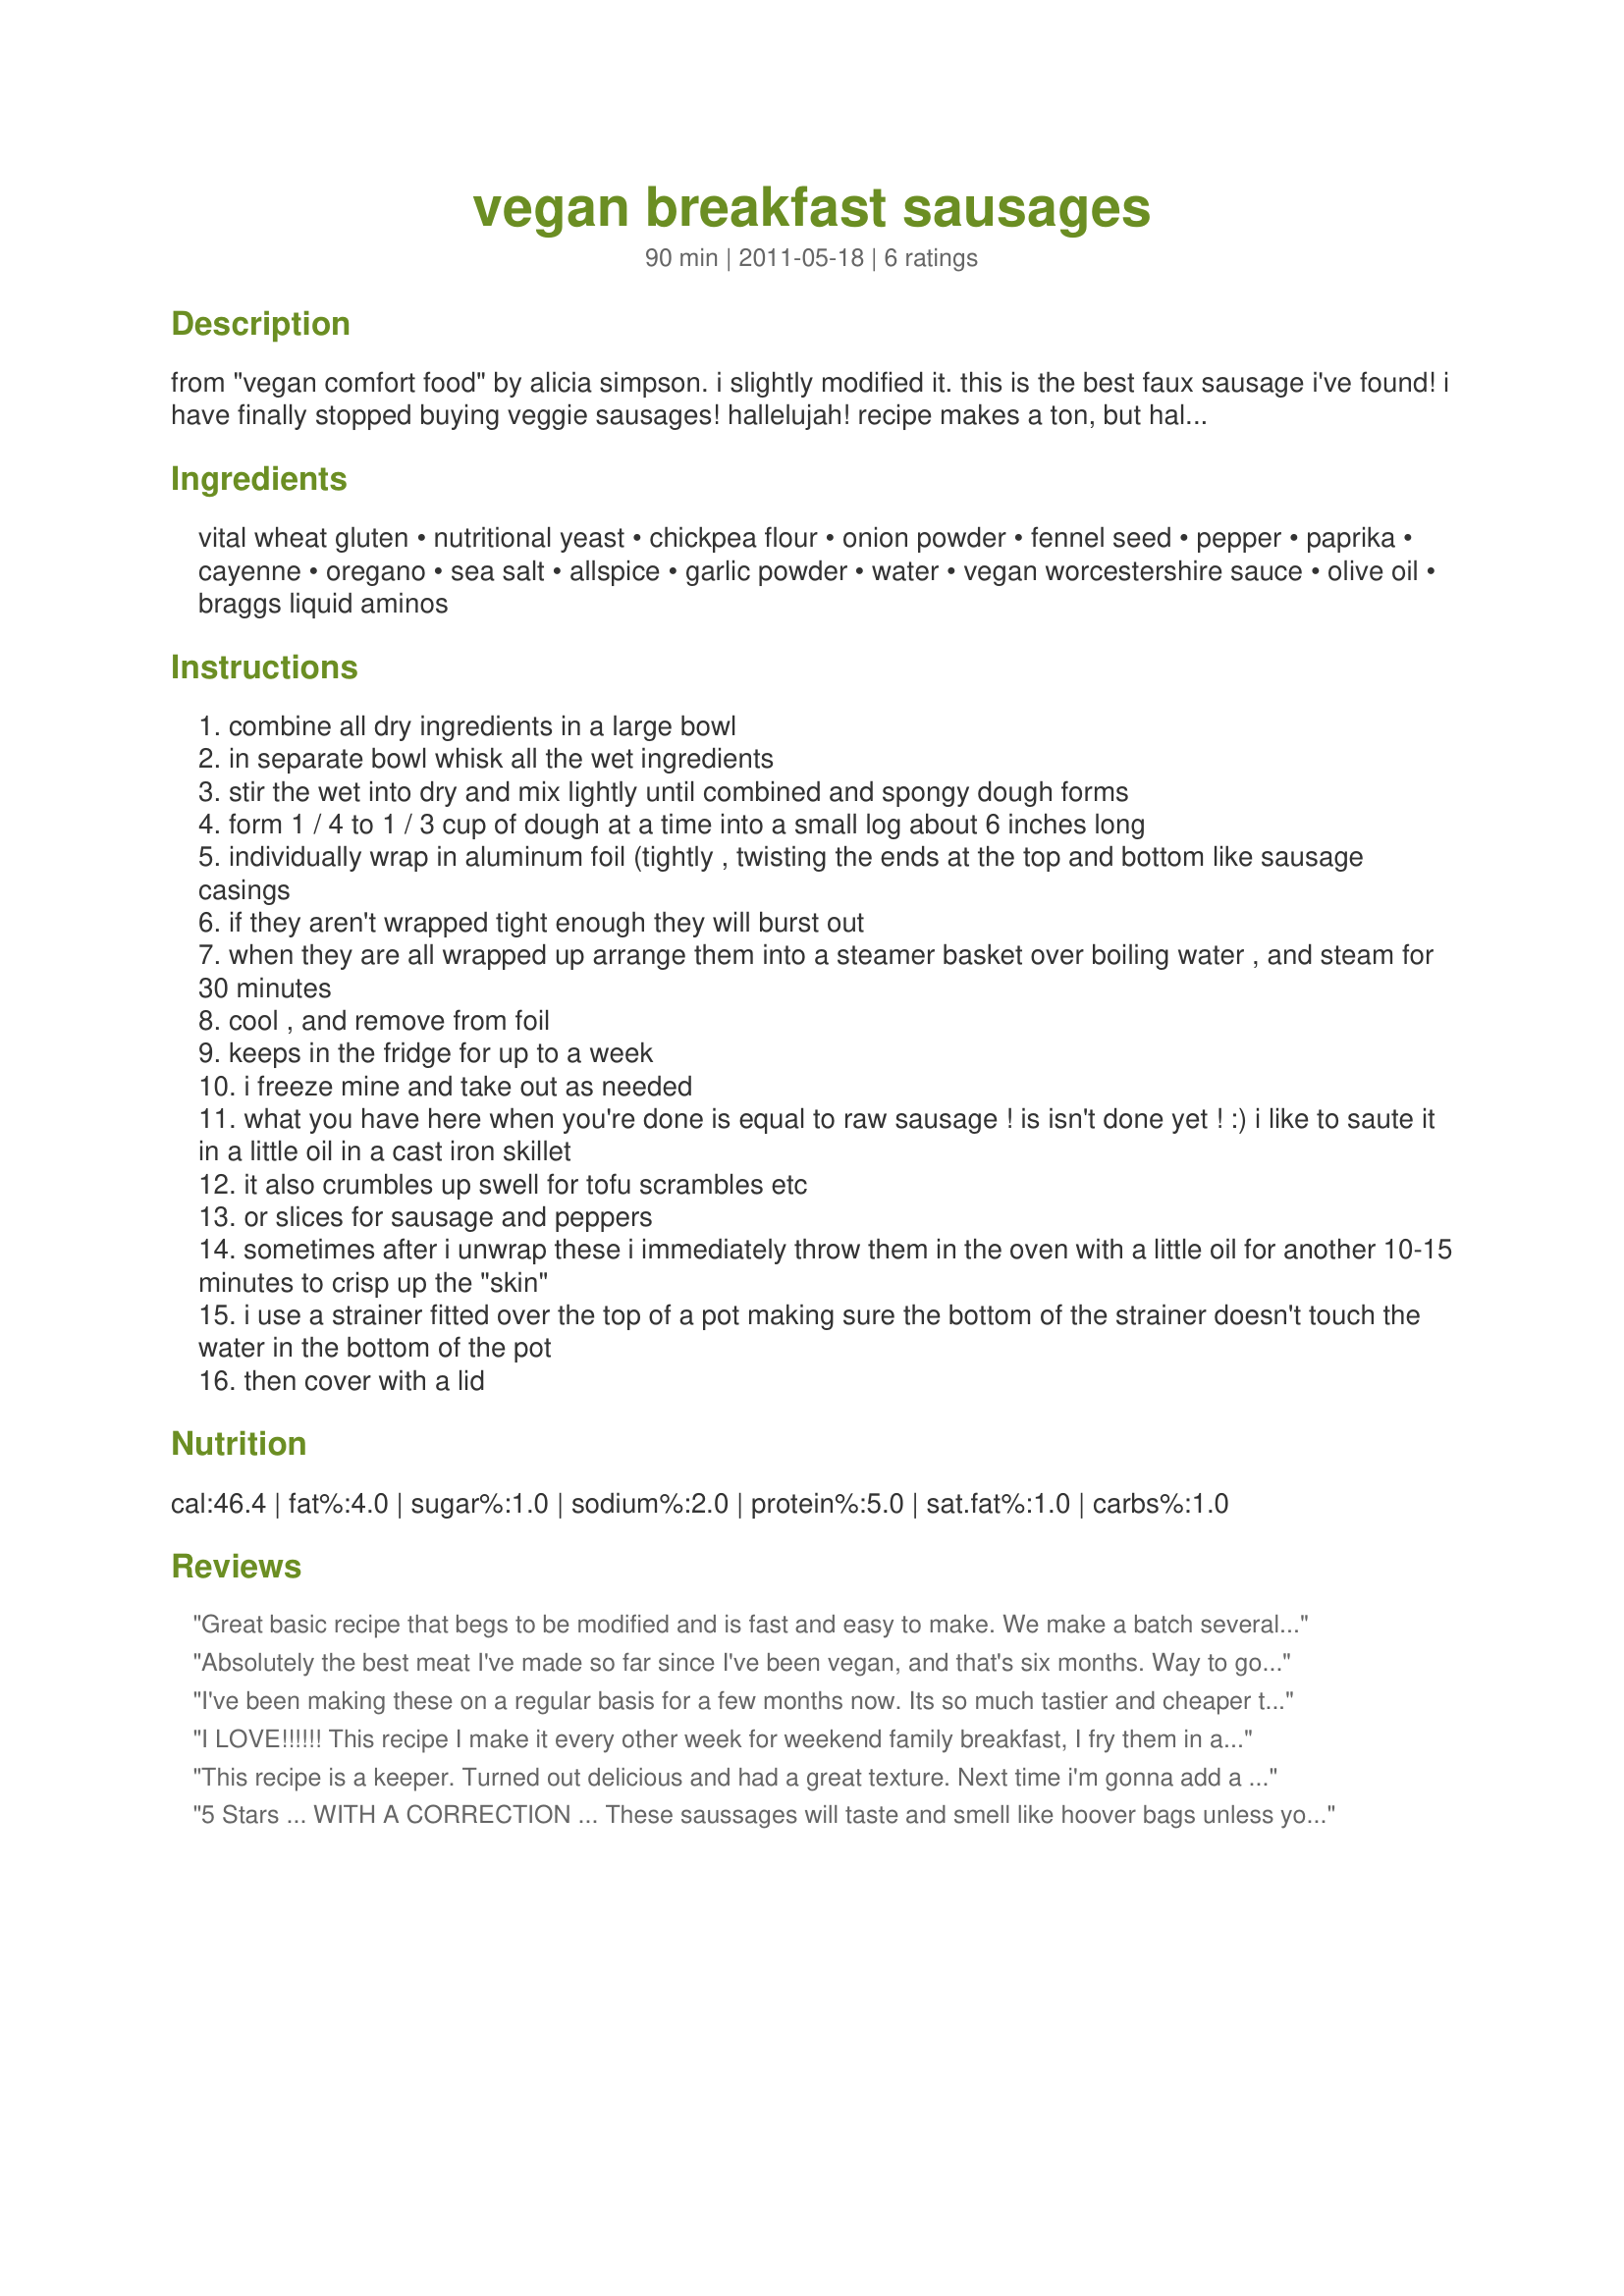
vegan breakfast sausages
Preparation time: 90 minutes

from "vegan comfort food" by alicia simpson. i slightly modified it. this is the best faux sausage i've found! i have finally stopped buying veggie sausages! hallelujah! recipe makes a ton, but halves easily. and so inexpensive comparatively!

Ingredients:
vital wheat gluten, nutritional yeast, chickpea flour, onion powder, fennel seed, pepper, paprika, cayenne, oregano, sea salt, allspice, garlic powder, water, vegan worcestershire sauce, olive oil, braggs liquid aminos

Steps:
combine all dry ingredients in a large bowl
in separate bowl whisk all the wet ingredients
stir the wet into dry and mix lightly until combined and spongy dough forms
form 1 / 4 to 1 / 3 cup of dough at a time into a small log about 6 inches long
individually wrap in aluminum foil (tightly , twisting the ends at the top and bottom like sausage casings
if they aren't wrapped tight enough they will burst out
when they are all wrapped up arrange them into a steamer basket over boiling water , and steam for 30 minutes
cool , and remove from foil
keeps in the fridge for up to a week
i freeze mine and take out as needed
what you have here when you're done is equal to raw sausage ! is isn't done yet ! :) i like to saute it in a little oil in a cast iron skillet
it also crumbles up swell for tofu scrambles etc
or slices for sausage and peppers
sometimes after i unwrap these i immediately throw them in the oven with a little oil for another 10-15 minutes to crisp up the "skin"
i use a strainer fitted over the top of a pot making sure the bottom of the strainer doesn't touch the water in the bottom of the pot
then cover with a lid

Reviews:
Great basic recipe that begs to be modified and is fast and easy to make. We make a batch several times a month - great for breakfasts and spiced up to create a Italian style sausage.
Absolutely the best meat I've made so far since I've been vegan, and that's six months. Way to go, I will always have this in stock at my house. Just perfect. I followed to a T. Thank you sooooo much!!
I've been making these on a regular basis for a few months now. Its so much tastier and cheaper to make a batch of this then to buy those expensive vegan products from the grocery store. These are delicious!
I LOVE!!!!!! This recipe I make it every other week for weekend family breakfast, I fry them in a pan until golden then add so maple syrup and OMG!!! they are amazing......I only thing different was i added garlic and onion dry chunks and for dinner I ould make them into bigger ones and do the same as i do above its to die for
This recipe is a keeper. Turned out delicious and had a great texture. Next time i'm gonna add a tiny bit of pure maple syrup to make it more "breakfasty". Plan on making this recipe for Christmas breakfast this year.
5 Stars ... WITH A CORRECTION ... These saussages will taste and smell like hoover bags unless you remove the chickpea flour. Not only does the chickpea flour make them taste and smell weird it also drys the textue. Remove the chickpea flour and these are perfect. I just added the same ammount I took away in vital wheat gluten.
